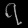
Digit: ၇